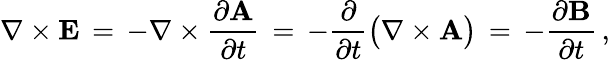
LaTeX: \nabla\times\mathbf{E}\, =\, -\nabla\times{\frac{\partial\mathbf{A}}{\partial t}}\, =\, -{\frac{\partial}{\partial t}}{\big(}\nabla\times\mathbf{A}{\big)}\, =\, -{\frac{\partial\mathbf{B}}{\partial t}}\, ,